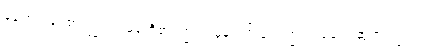
မုန့်ဟင်းခါးစားကြွပါ။ မုန့်တီစားကြွပါ၊ မုန့်ဘုဉ်းပေးကြွပါ၊ ခေါက်ဆွဲစားကြွပါ